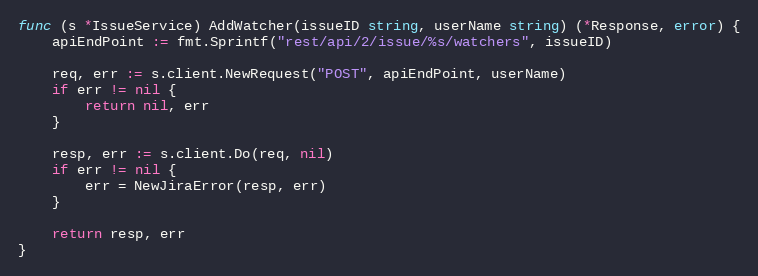
Language: Go
func (s *IssueService) AddWatcher(issueID string, userName string) (*Response, error) {
	apiEndPoint := fmt.Sprintf("rest/api/2/issue/%s/watchers", issueID)

	req, err := s.client.NewRequest("POST", apiEndPoint, userName)
	if err != nil {
		return nil, err
	}

	resp, err := s.client.Do(req, nil)
	if err != nil {
		err = NewJiraError(resp, err)
	}

	return resp, err
}